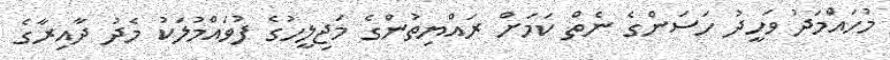
މުހައްމަދު ވަހީދު ހަސަންގެ ނެތް ކަމަށް ރައްޔިތުންގެ މަޖިލީހުގެ ފުވައްމުލަކު މެދު ދާއިރާގެ